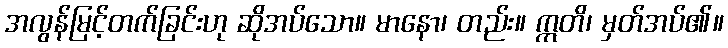
အလွန်မြင့်တက်ခြင်းဟု ဆိုအပ်သော။ မာနော၊ တည်း။ ဣတိ၊ မှတ်အပ်၏။